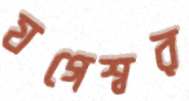
যগেশ্বর